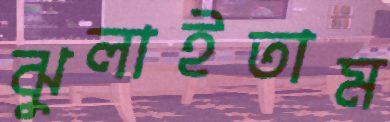
ঝুলাইতাম